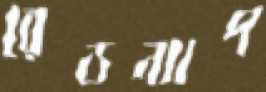
রেডন্যাপ